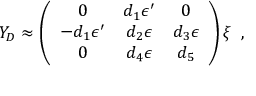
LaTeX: Y _ { D } \approx \left( \begin{array} { c c c } { { 0 } } & { { d _ { 1 } \epsilon ^ { \prime } } } & { { 0 } } \\ { { - d _ { 1 } \epsilon ^ { \prime } } } & { { d _ { 2 } \epsilon } } & { { d _ { 3 } \epsilon } } \\ { { 0 } } & { { d _ { 4 } \epsilon } } & { { d _ { 5 } } } \end{array} \right) \xi \, \, \, ,